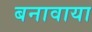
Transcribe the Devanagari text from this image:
बनावाया